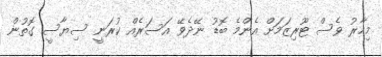
މިހާރު ވެސް ޓޫރިޒަމަށް އެންމެ ބޮޑު ނޭދެވޭ އަސަރެއް ކުރަނީ ސިޔާސީ ގޮތުން